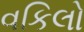
વકિલો